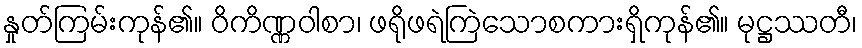
နှုတ်ကြမ်းကုန်၏။ ဝိကိဏ္ဏဝါစာ၊ ဖရိုဖရဲကြဲသောစကားရှိကုန်၏။ မုဋ္ဌဿတီ၊